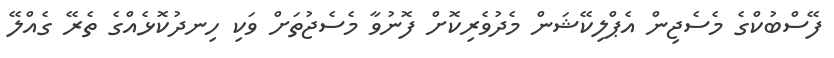
ފޭސްބުކްގެ މެސެޖިން އެޕްލިކޭޝަން މެދުވެރިކޮށް ފޮނުވާ މެސެޖުތަށް ވަކި ހިނދުކޮޅެއްގެ ތެރޭ ގެއްލޭ